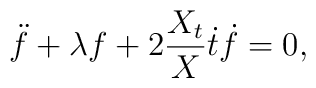
\ddot{f}+\lambda f+2\frac{X_t}{X}\dot{t}\dot{f}=0,